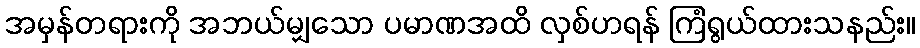
အမှန်တရားကို အဘယ်မျှသော ပမာဏအထိ လှစ်ဟရန် ကြံရွယ်ထားသနည်း။